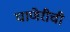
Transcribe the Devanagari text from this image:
घाणेरीची